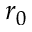
r _ { 0 }